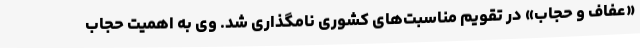
«عفاف و حجاب» در تقویم مناسبت‌های کشوری نامگذاری شد. وی به اهمیت حجاب